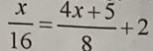
\frac { x } { 1 6 } = \frac { 4 x + 5 } { 8 } + 2